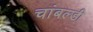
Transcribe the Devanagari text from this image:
चांबल्डी